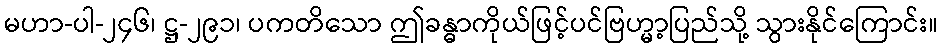
မဟာ-ပါ-၂၄၆၊ ဋ္ဌ-၂၉၁၊ ပကတိသော ဤခန္ဓာကိုယ်ဖြင့်ပင်ဗြဟ္မာ့ပြည်သို့ သွားနိုင်ကြောင်း။